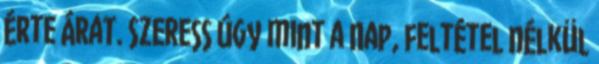
érte árat. Szeress úgy mint a Nap, feltétel nélkül